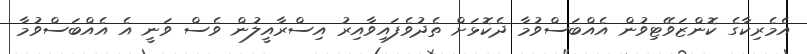
އެމެރިކާގެ ކޮންޒަވޭޓިވުން އެއްބަސްވުމާ ދެކޮޅަށް ތެދުވެފައިވާއިރު އިސްރާއީލުން ވެސް ވަނީ އެ އެއްބަސްވުމާ